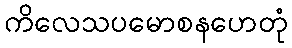
ကိလေသပမောစနဟေတုံ